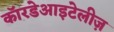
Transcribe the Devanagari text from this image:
कॉरडेआइटेलीज़